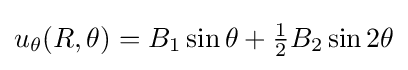
u_{\theta }(R,\theta )=B_{1}\sin \theta +{\tfrac {1}{2}}B_{2}\sin 2\theta